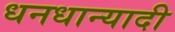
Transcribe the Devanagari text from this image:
धनधान्यादी